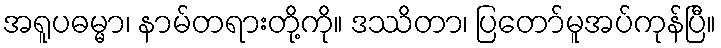
အရူပဓမ္မာ၊ နာမ်တရားတို့ကို။ ဒဿိတာ၊ ပြတော်မူအပ်ကုန်ပြီ။